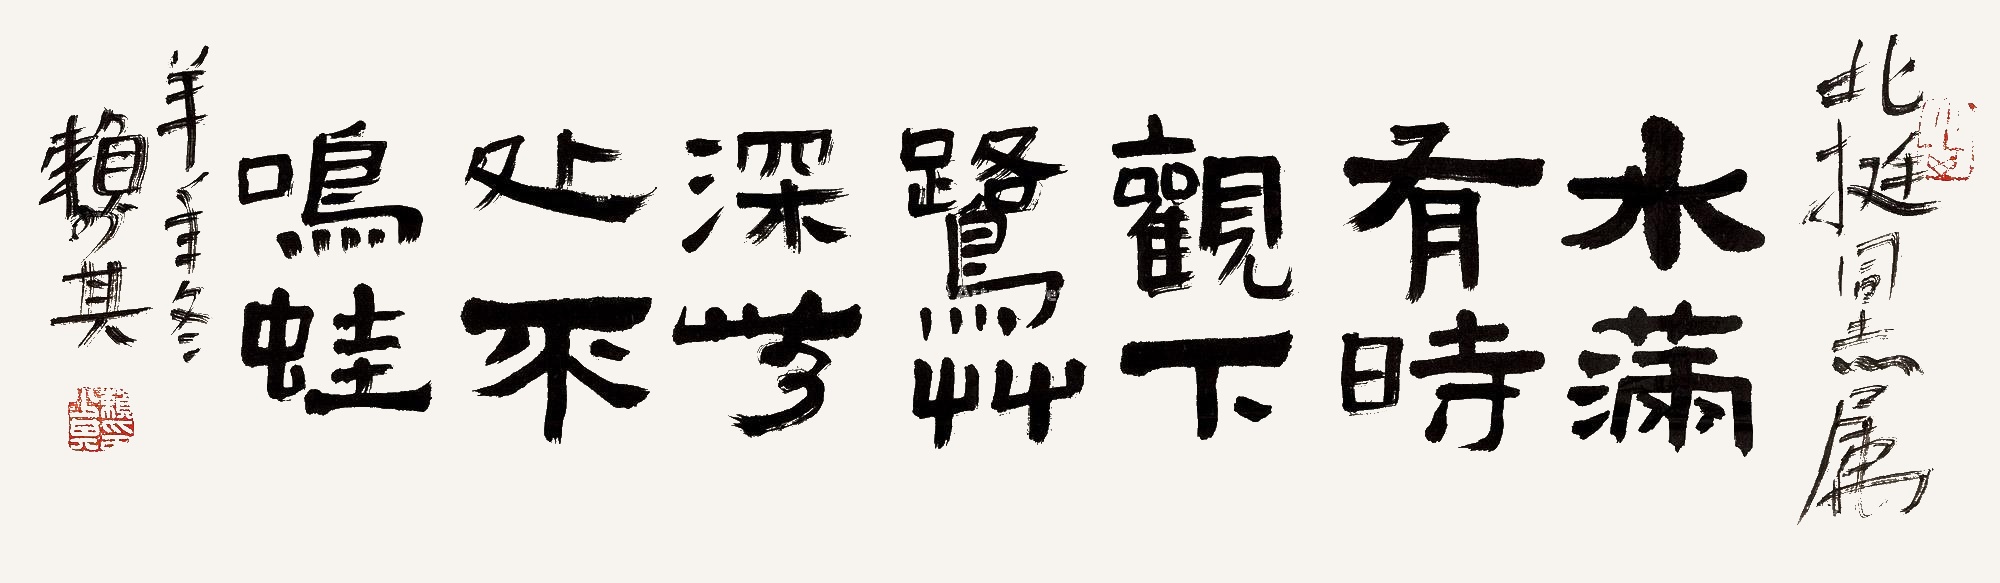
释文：水满有时观下鹭，草深无处不鸣蛙。北挺同志属。羊年冬。赖少其。